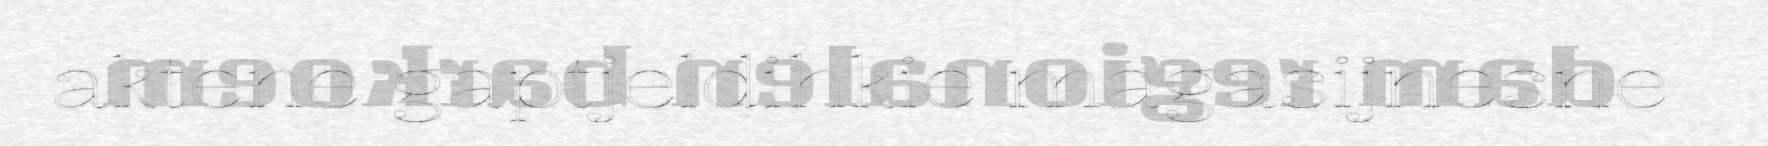
aktene gaptjeldihkie magasijnesne